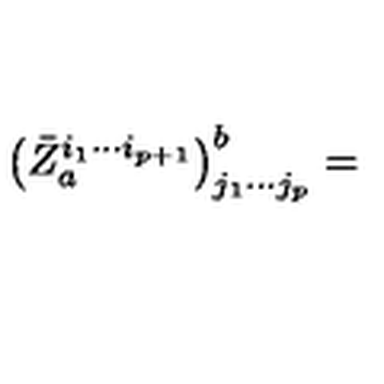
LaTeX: \left( \bar { Z } _ { a } ^ { i _ { 1 } \cdots i _ { p + 1 } } \right) _ { j _ { 1 } \cdots j _ { p } } ^ { b } =